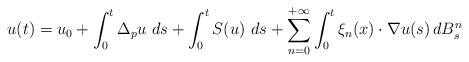
LaTeX: \begin{align*} u (t) = u_0 + \int_0^t \Delta_p u \, \, d s + \int_0^t S(u) \, \, d s + \sum_{n=0}^{+\infty} \int_0^t \xi_{n} (x) \cdot \nabla u (s) \, d B_s^{n} \end{align*}